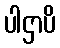
ပါဌာပိ